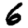
Digit: 6